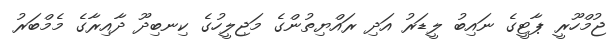
ޖުމްހޫރީ ޕާޓީގެ ނައިބު ލީޑަރު އަދި ރައްޔިތުންގެ މަޖިލީހުގެ ކިނބިދޫ ދާއިރާގެ މެމްބަރު